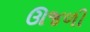
ઊજળી